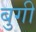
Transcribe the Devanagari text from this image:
बुगी